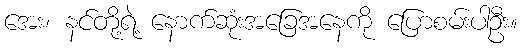
အေး၊ နင်တို့ရဲ့ နောက်ဆုံးအခြေအနေကို ပြောစမ်းပါဦး။